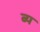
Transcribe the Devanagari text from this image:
ब्य